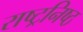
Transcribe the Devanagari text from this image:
राष्ट्रनिष्ठ